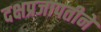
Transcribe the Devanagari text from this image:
दक्षप्रजापतीने